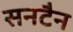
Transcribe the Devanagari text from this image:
सनटैन